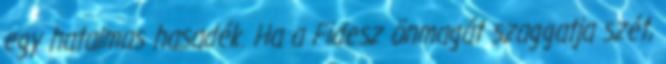
egy hatalmas hasadék. Ha a Fidesz önmagát szaggatja szét,